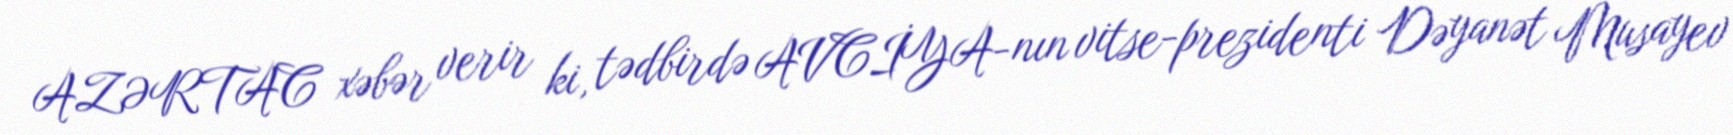
AZƏRTAC xəbər verir ki, tədbirdə AVCİYA-nın vitse-prezidenti Dəyanət Musayev